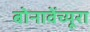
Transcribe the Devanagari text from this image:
बोनावेंच्यूरा